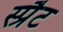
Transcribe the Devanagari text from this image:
स्प्रैट